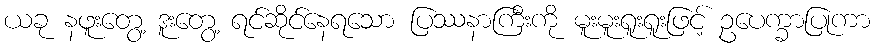
ယခု နဖူးတွေ့ ဒူးတွေ့ ရင်ဆိုင်နေရသော ပြဿနာကြီးကို မူးမူးရူးရူးဖြင့် ဥပေက္ခာပြုကာ